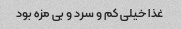
غذا خیلی کم و سرد و بی مزه بود